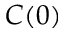
C ( 0 )